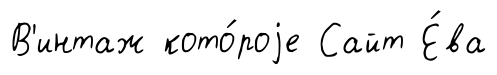
В'интаж кото́роjе Сайт Е́ва